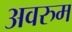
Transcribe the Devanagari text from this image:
अवरुम